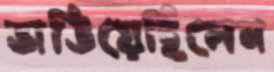
ভাঙিয়েছিলেন